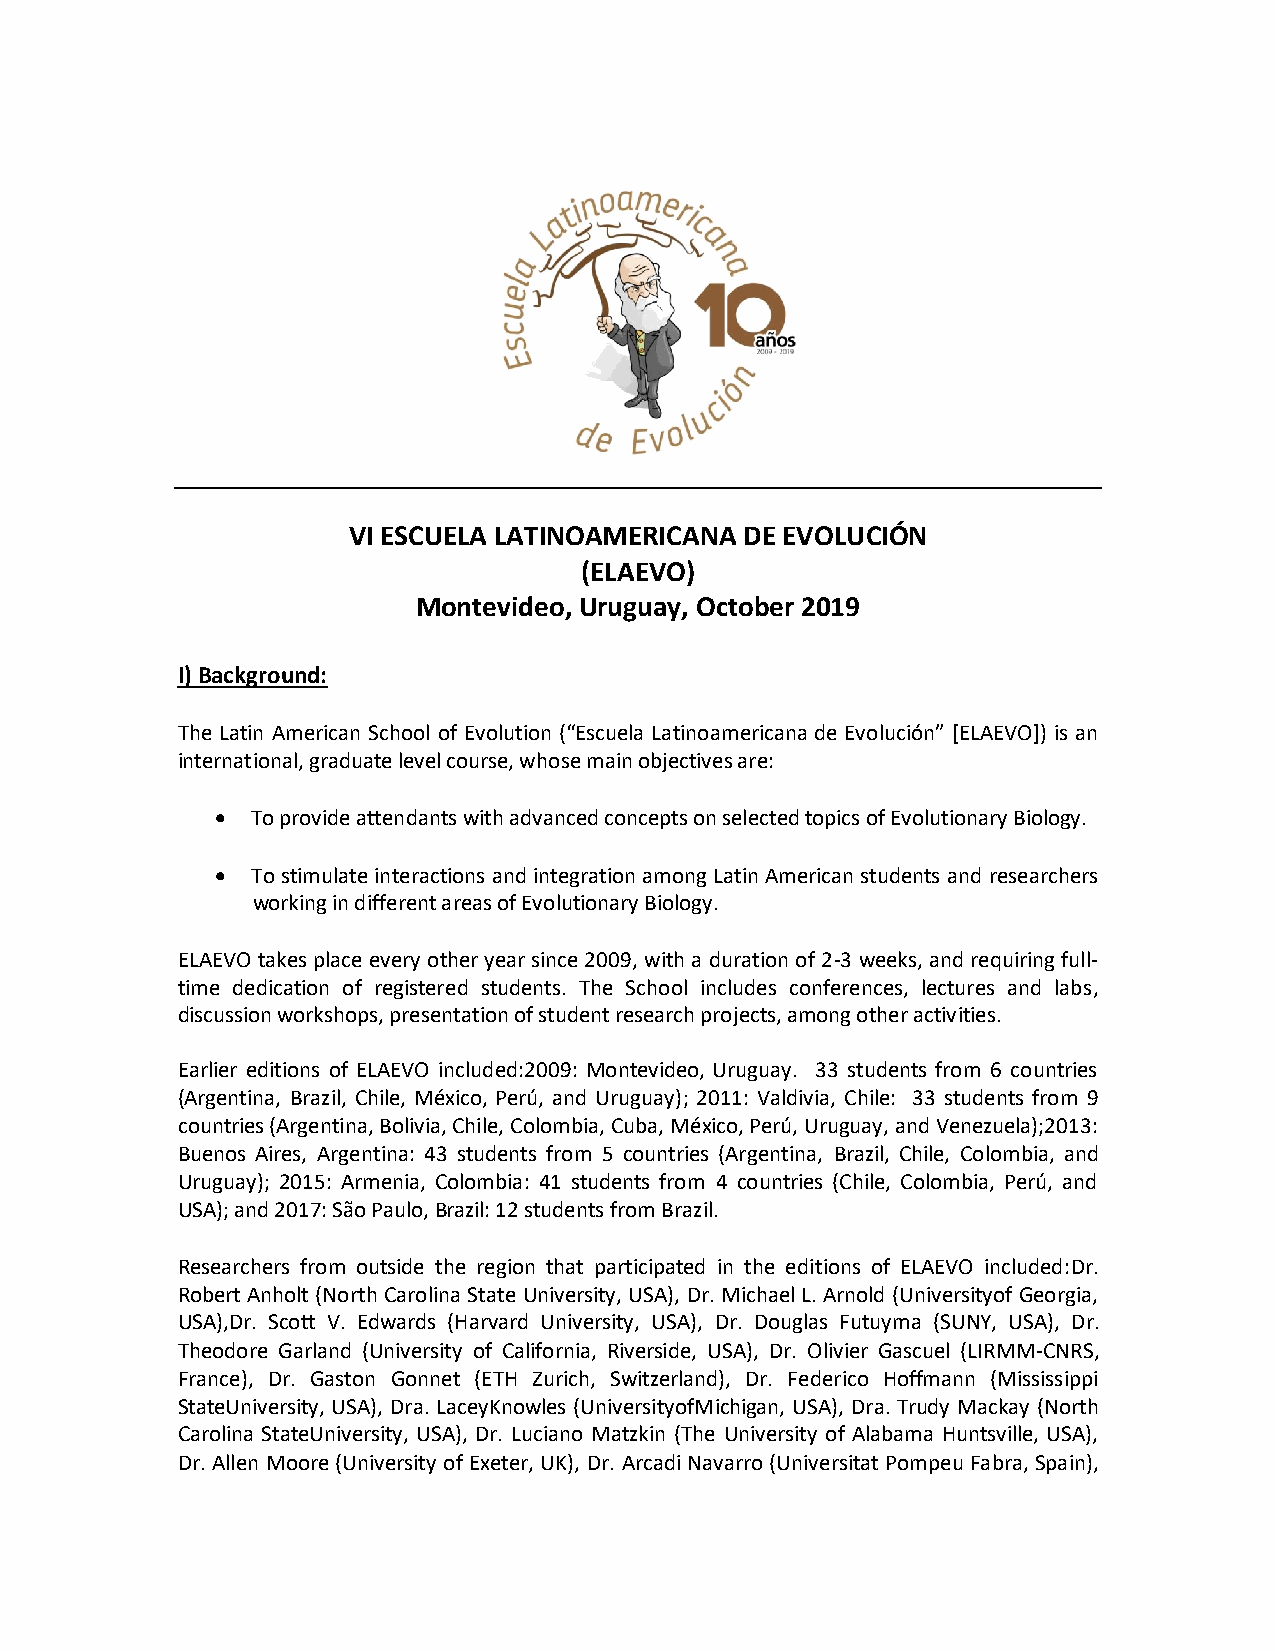
VI ESCUELA LATINOAMERICANA DE EVOLUCIÓN
 (ELAEVO)
 Montevideo, Uruguay, October 2019
 I) Background:
 The Latin American School of Evolution (“Escuela Latinoamericana de Evolución” [ELAEVO]) is an
 international, graduate level course, whose main objectives are:
 •  To provide attendants with advanced concepts on selected topics of Evolutionary Biology.
 •  To stimulate interactions and integration among Latin American students and researchers
 working in different areas of Evolutionary Biology.
 ELAEVO takes place every other year since 2009, with a duration of 2-3 weeks, and requiring full-
 time dedication of registered students. The School includes conferences, lectures and labs,
 discussion workshops, presentation of student research projects, among other activities.
 Earlier editions of ELAEVO included:2009: Montevideo, Uruguay. 33 students from 6 countries
 (Argentina, Brazil, Chile, México, Perú, and Uruguay); 2011: Valdivia, Chile: 33 students from 9
 countries (Argentina, Bolivia, Chile, Colombia, Cuba, México, Perú, Uruguay, and Venezuela);2013:
 Buenos Aires, Argentina: 43 students from 5 countries (Argentina, Brazil, Chile, Colombia, and
 Uruguay); 2015: Armenia, Colombia: 41 students from 4 countries (Chile, Colombia, Perú, and
 USA); and 2017: São Paulo, Brazil: 12 students from Brazil.
 Researchers from outside the region that participated in the editions of ELAEVO included:Dr.
 Robert Anholt (North Carolina State University, USA), Dr. Michael L. Arnold (Universityof Georgia,
 USA),Dr. Scott V. Edwards (Harvard University, USA), Dr. Douglas Futuyma (SUNY, USA), Dr.
 Theodore Garland (University of California, Riverside, USA), Dr. Olivier Gascuel (LIRMM-CNRS,
 France), Dr. Gaston Gonnet (ETH Zurich, Switzerland), Dr. Federico Hoffmann (Mississippi
 StateUniversity, USA), Dra. LaceyKnowles (UniversityofMichigan, USA), Dra. Trudy Mackay (North
 Carolina StateUniversity, USA), Dr. Luciano Matzkin (The University of Alabama Huntsville, USA),
 Dr. Allen Moore (University of Exeter, UK), Dr. Arcadi Navarro (Universitat Pompeu Fabra, Spain),